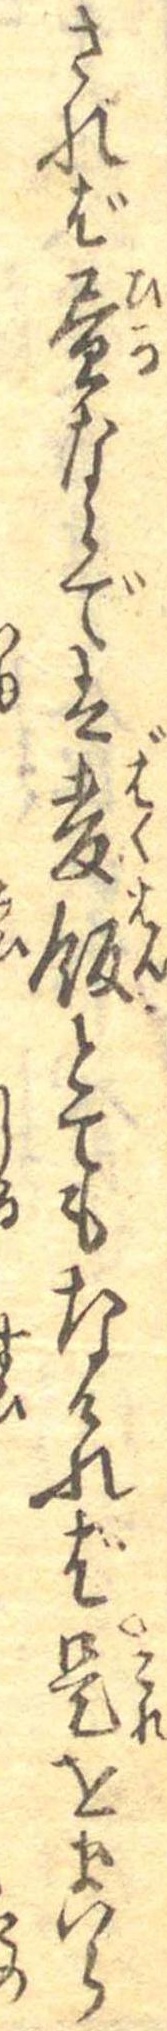
されば昼ならでは麦飯とてもなければ是をまいら